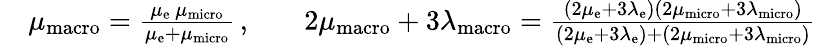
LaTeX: \begin{array}{rlrl}&{\mu_{\mathrm{macro}}=\frac{\mu_{\mathrm{e}}\, \mu_{\mathrm{micro}}}{\mu_{\mathrm{e}}+\mu_{\mathrm{micro}}}\, ,}&&{2\mu_{\mathrm{macro}}+3\lambda_{\mathrm{macro}}=\frac{(2\mu_{\mathrm{e}}+3\lambda_{\mathrm{e}})(2\mu_{\mathrm{micro}}+3\lambda_{\mathrm{micro}})}{(2\mu_{\mathrm{e}}+3\lambda_{\mathrm{e}})+(2\mu_{\mathrm{micro}}+3\lambda_{\mathrm{micro}})}}\end{array}